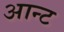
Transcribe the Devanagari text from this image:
आन्ट